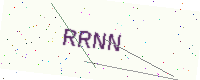
Text: RRNN